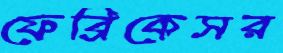
ফেব্রিকেসর